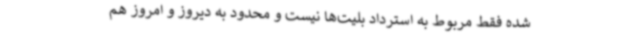
شده فقط مربوط به استرداد بلیت‌ها نیست و محدود به دیروز و امروز هم